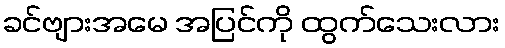
ခင်ဗျားအမေ အပြင်ကို ထွက်သေးလား